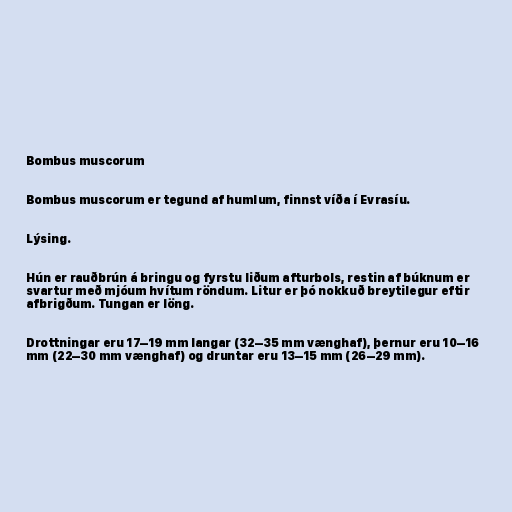
Bombus muscorum

Bombus muscorum er tegund af humlum, finnst víða í Evrasíu.

Lýsing.

Hún er rauðbrún á bringu og fyrstu liðum afturbols, restin af búknum er
svartur með mjóum hvítum röndum. Litur er þó nokkuð breytilegur eftir
afbrigðum. Tungan er löng.

Drottningar eru 17–19 mm langar (32–35 mm vænghaf), þernur eru 10–16
mm (22–30 mm vænghaf) og druntar eru 13–15 mm (26–29 mm).